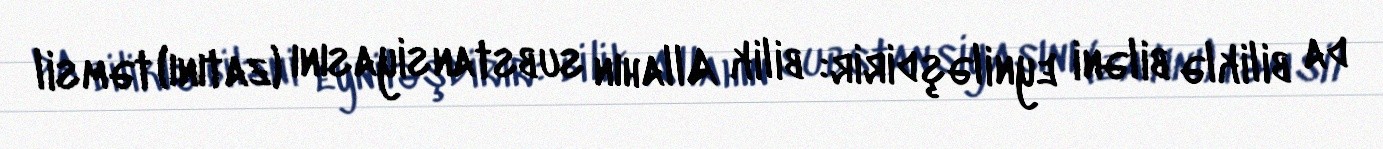
da biliklə biləni eyniləşdirir: bilik Allahın substansiyasını (zatını) təmsil